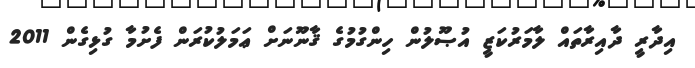
އިދާރީ ދާއިރާތައް ލާމަރުކަޒީ އުޞޫލުން ހިންގުމުގެ ޤާނޫނަށް ޢަމަލުކުރަން ފެށުމާ ގުޅިގެން 2011